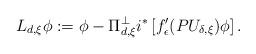
LaTeX: \begin{align*}L_{d,\xi}\phi :=\phi -\Pi _{d,\xi}^{\perp }i^{\ast }\left[ f^{\prime }_\epsilon(PU_{\delta,\xi})\phi \right] .\end{align*}